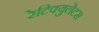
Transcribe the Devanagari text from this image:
रेटिक्युलेटस